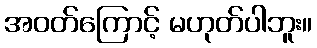
အဝတ်ကြောင့် မဟုတ်ပါဘူး။